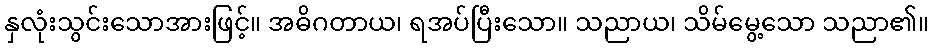
နှလုံးသွင်းသောအားဖြင့်။ အဓိဂတာယ၊ ရအပ်ပြီးသော။ သညာယ၊ သိမ်မွေ့သော သညာ၏။